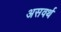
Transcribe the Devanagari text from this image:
असवर्थ